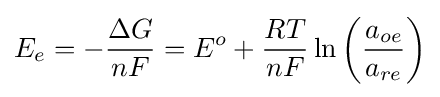
E_{e}=-{\frac {\Delta G}{nF}}=E^{o}+{\frac {RT}{nF}}\ln \left({\frac {a_{oe}}{a_{re}}}\right)